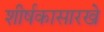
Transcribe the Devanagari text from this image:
शीर्षकासारखे